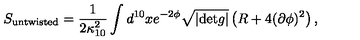
S _ { \mathrm { u n t w i s t e d } } = \frac { 1 } { 2 \kappa _ { 1 0 } ^ { 2 } } \int d ^ { 1 0 } x e ^ { - 2 \phi } \sqrt { | \mathrm { d e t } g | } \left( R + 4 ( \partial \phi ) ^ { 2 } \right) ,